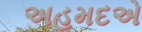
અહમદએ